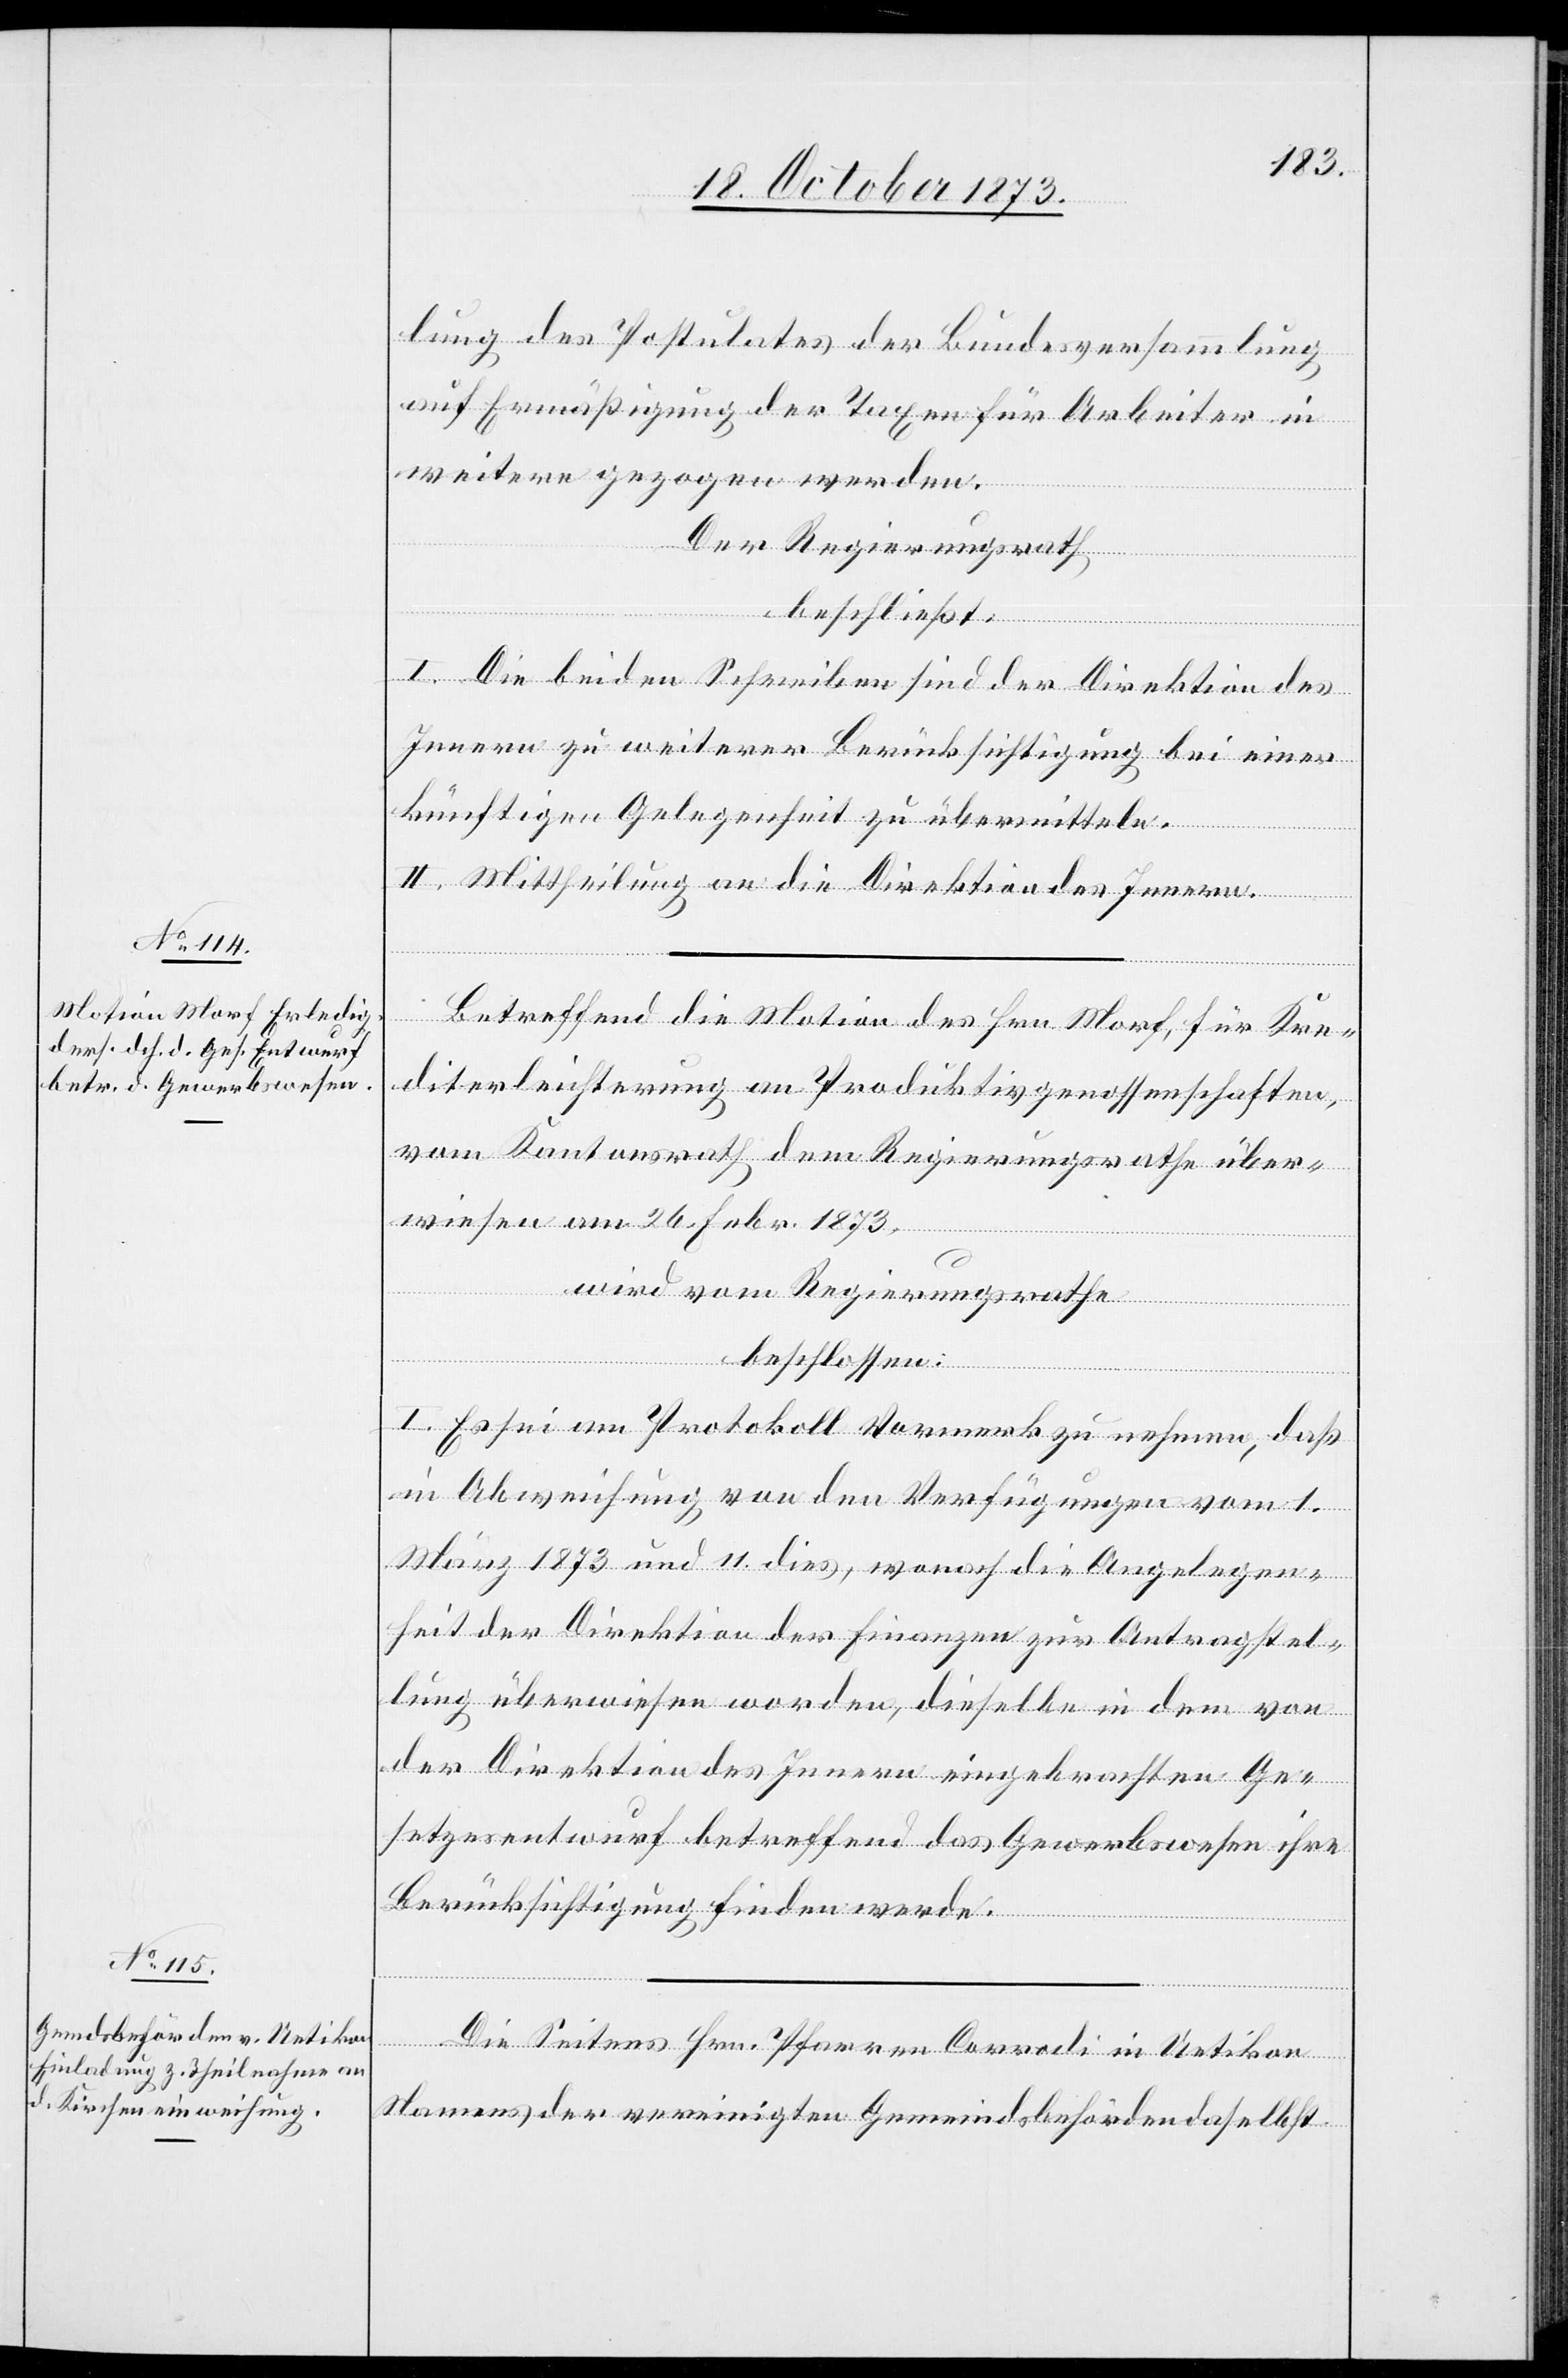
lung des Postulates der Bundesversammlung
auf Ermäßigung der Taxen für Arbeiter in
weitere gezogen werden
Der Regierungsrath
beschließt:
I. Die beiden Schreiben sind der Direktion des
Innern zu weiterer Berücksichtigung bei einer
künftigen Gelegenheit zu übermitteln.
II. Mittheilung an die Direktion des Innern.
Betreffend die Motion des Hrn. Morf, für Kre¬
diterleichterung an Produktivgenossenschaften,
vom Kantonsrath dem Regierungsrathe über¬
wiesen am 26. Febr. 1873,
wird vom Regierungsrathe
beschlossen:
I. Es sei am Protokoll Vormerk zu nehmen, daß
in Abweichung von den Verfügungen vom 1.
März 1873 und 11. dies, wonach die Angelegen¬
heit der Direktion der Finanzen zur Antragstel¬
lung überwiesen worden, dieselbe in dem von
der Direktion des Innern eingebrachten Ge¬
setzesentwurf betreffend das Gewerbswesen ihre
Berücksichtigung finden werde.
Die Seitens Hrn. Pfarrer Corrodi in Uetikon
Namens der vereinigten Gemeindsbehörden daselbst